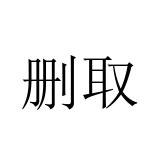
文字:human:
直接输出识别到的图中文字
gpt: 删取